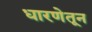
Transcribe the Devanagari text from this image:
धारणेतून